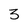
Character: 3